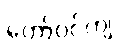
တော်ဝင်ကျဲ